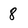
Character: 8